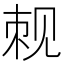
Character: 𬢍